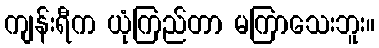
ကျန်းရီက ယုံကြည်တာ မကြာသေးဘူး။